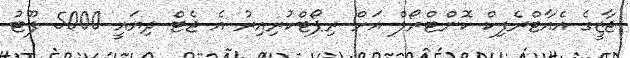
ޖާޒީގެ އެއާޓްރެފިކް ކޮންޓްރޯލް އަށް ރިޕޯޓްކުރިއިރު އެ ޖެޓް ދިޔައީ 5000 ފޫޓު